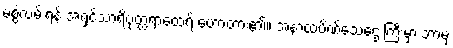
မစွဲလမ်းရန် အရှင်သာရိပုတ္တရာထေရ် ဟောတား၏။ အနာထပိဏ်သေဌေးကြီးမှာ ဘာမှ